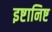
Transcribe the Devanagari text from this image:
इष्टानिष्ट